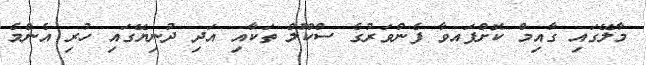
މާލޭގައި ގާއިމް ކޮށްފައވާ ފެންވަރުގެ ސްކޫލް ތަކާއި އަދި ދުނިޔޭގައި ހުރި އެންމެ